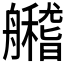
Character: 𦪼